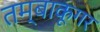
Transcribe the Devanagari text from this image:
तम्बाकूगर